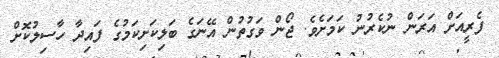
ފެރީއަށް އަރަން ނުކެރުނު ކަމަށެވެ. ޖޯން ވަގުތުން އޭނަގެ ބަލިކަށިކަމުގެ ފައިދާ ހާސިލުކޮށް